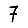
Digit: 7